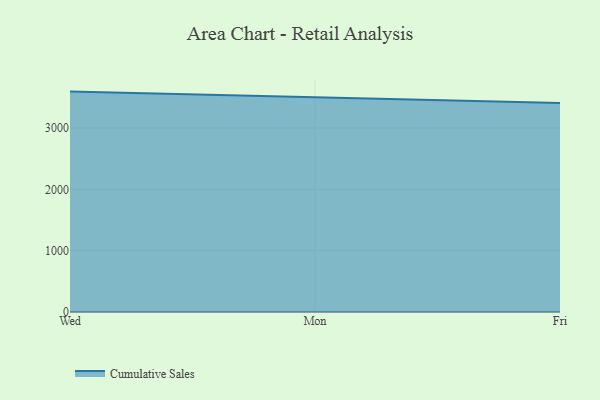
{"axis": {"x": "Day", "y": "Tickets Resolved"}, "legend": ["Cumulative Sales"], "data": [{"x": "Wed", "y": 3593.6, "type": "Cumulative Sales"}, {"x": "Mon", "y": 3507.1, "type": "Cumulative Sales"}, {"x": "Fri", "y": 3408.6, "type": "Cumulative Sales"}]}